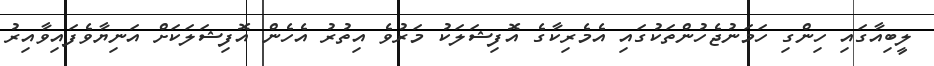
ލީބިއާގައި ހިންގި ހަމަނުޖެހުންތަކުގައި އެމެރިކާގެ އޮފިޝަލަކު މަރުވެ އިތުރު އެހެން އޮފިޝަލަކަށް އަނިޔާވެފައިވާއިރު